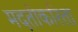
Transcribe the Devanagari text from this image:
मदतीकरिता